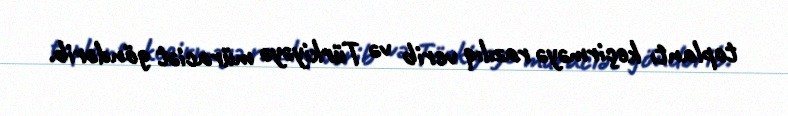
toplantı keçirməyə razılıq verib və Türkiyəyə müraciət göndərib.